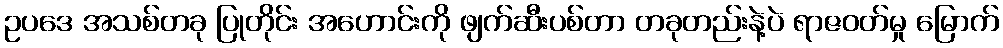
ဥပဒေ အသစ်တခု ပြုတိုင်း အဟောင်းကို ဖျက်ဆီးပစ်တာ တခုတည်းနဲ့ပဲ ရာဇဝတ်မှု မြောက်